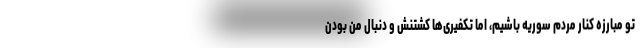
تو مبارزه کنار مردم سوریه باشیم، اما تکفیری‌ها کشتنش و دنبال من بودن